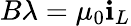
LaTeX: B\lambda=\mu_{0}\mathbf{i}_{L}